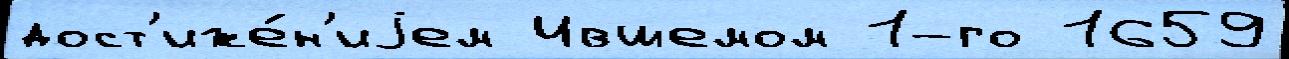
дост'иже́н'иjем Ившемом 1-го 1659